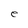
Character: e